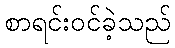
စာရင်းဝင်ခဲ့သည်